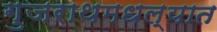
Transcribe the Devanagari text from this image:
गुजराथमधल्यात